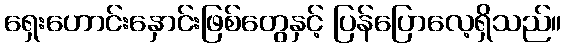
ရှေးဟောင်းနှောင်းဖြစ်တွေနှင့် ပြန်ပြောလေ့ရှိသည်။